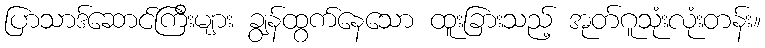
ပြာသာဒ်ဆောင်ကြီးများ ချွန်ထွက်နေသော ထူးခြားသည့် အုတ်ဂူသုံးလုံးတန်း။